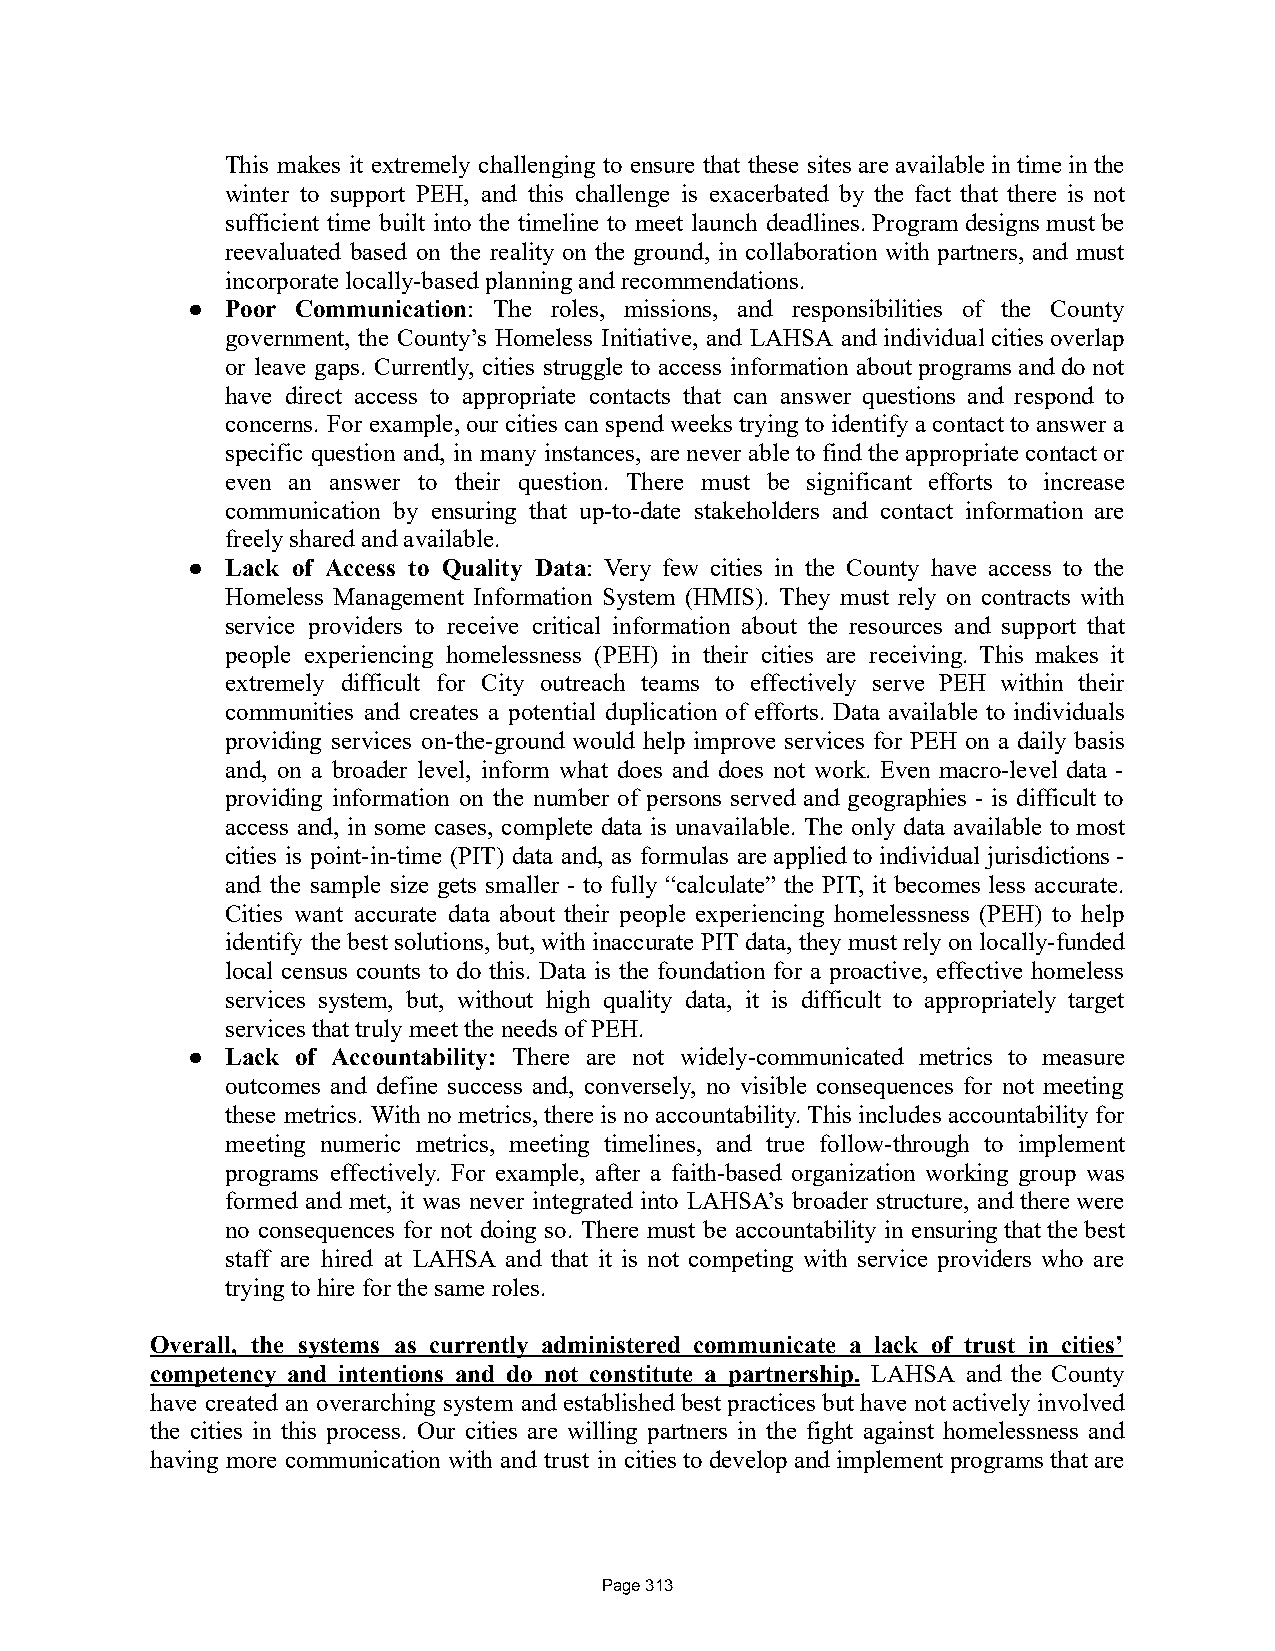
This makes it extremely challenging to ensure that these sitesareavailableintimeinthe
 winter to support PEH, and this challenge is exacerbated by the fact that there is not
 sufficient time built into the timeline to meet launch deadlines.Programdesignsmustbe
 reevaluated based on the reality on the ground, in collaboration with partners, and must
 incorporate locally-based planning and recommendations.
 ●  Poor Communication: The roles, missions, and responsibilities of the County
 government, the County’s Homeless Initiative, and LAHSA andindividualcitiesoverlap
 or leave gaps. Currently, cities struggle to access information aboutprogramsanddonot
 have direct access to appropriate contacts that can answer questions and respond to
 concerns. For example,our citiescanspend weeks tryingtoidentifyacontacttoanswer a
 specific question and, in many instances, areneverabletofindtheappropriatecontactor
 even an answer to their question. There must be significant efforts to increase
 communication by ensuring that up-to-date stakeholders and contact information are
 freely shared and available.
 ●  Lack of Access to Quality Data: Very few cities in the County have access to the
 Homeless Management Information System (HMIS). They must rely on contracts with
 service providers to receive critical information about the resources and support that
 people experiencing homelessness (PEH) in their cities are receiving. This makes it
 extremely difficult for City outreach teams to effectively serve PEH within their
 communities and creates a potential duplication of efforts. Data available to individuals
 providing services on-the-ground would help improve services for PEH on a daily basis
 and, on a broader level, inform what does and does not work. Even macro-level data -
 providing information on the number of persons served and geographies - is difficult to
 access and, in some cases, complete data is unavailable. The only data available tomost
 cities is point-in-time (PIT) data and, as formulas areappliedtoindividualjurisdictions-
 and the sample size gets smaller - to fully “calculate” the PIT, it becomes less accurate.
 Cities want accurate data about their people experiencing homelessness (PEH) to help
 identify thebestsolutions,but,withinaccuratePITdata,theymustrelyonlocally-funded
 local census counts to do this. Data is the foundation for a proactive, effective homeless
 services system, but, without high quality data, it is difficult to appropriately target
 services that truly meet the needs of PEH.
 ●  Lack of Accountability: There are not widely-communicated metrics to measure
 outcomes and define success and, conversely, no visible consequences for not meeting
 these metrics. Withnometrics,thereisnoaccountability.Thisincludesaccountabilityfor
 meeting numeric metrics, meeting timelines, and true follow-through to implement
 programs effectively. For example, after a faith-based organization working group was
 formed and met, it was never integrated into LAHSA’s broader structure, andtherewere
 no consequences for not doing so. There must be accountability in ensuringthatthebest
 staff are hired at LAHSA and that it is not competing with service providers who are
 trying to hire for the same roles.
 Overall, the systems as currently administered communicate a lack of trust in cities’
 competency and intentions and do not constitute a partnership. LAHSA and the County
 have created an overarching system andestablishedbestpracticesbuthavenotactivelyinvolved
 the cities in this process. Our cities are willing partners in the fight against homelessness and
 having more communication with and trust in citiestodevelopandimplementprogramsthatare
 Page 313